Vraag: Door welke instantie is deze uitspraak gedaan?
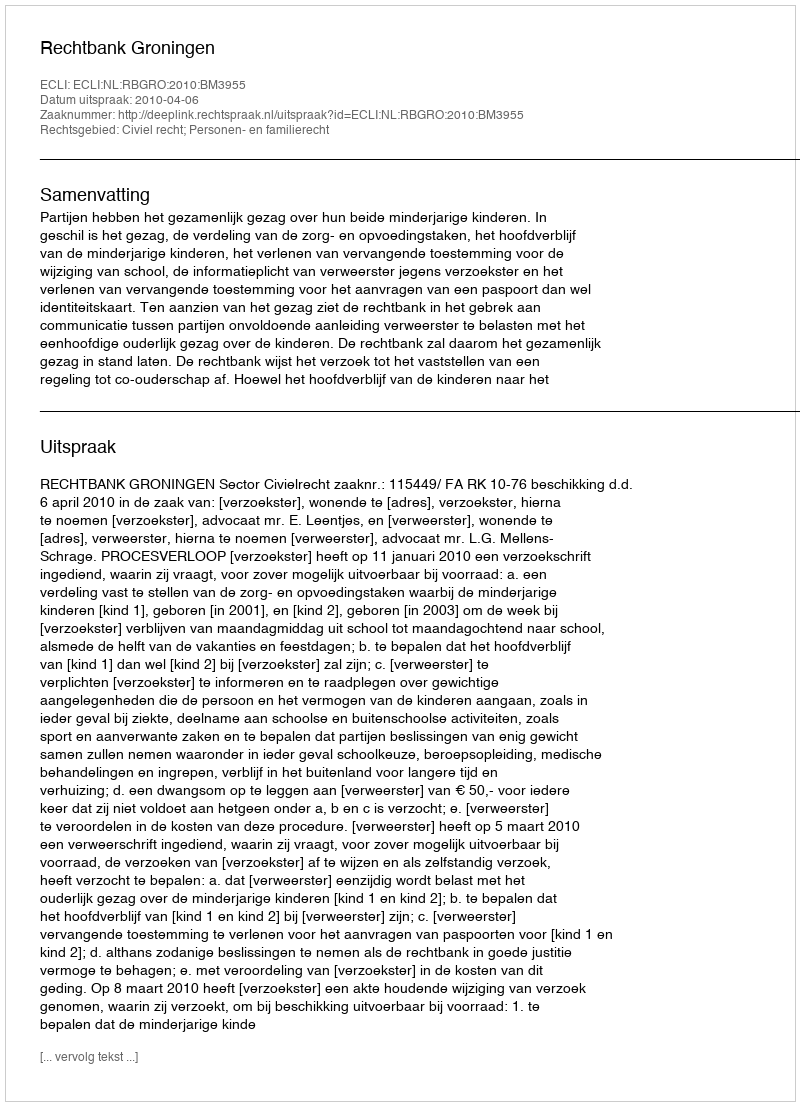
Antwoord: Rechtbank Groningen